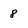
Character: 8